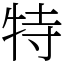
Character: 特